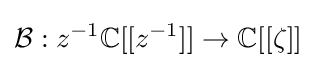
{\mathcal {B}}:z^{-1}\mathbb {C} [[z^{-1}]]\to \mathbb {C} [[\zeta ]]